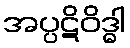
အပ္ပဋိဝိဒ္ဓါ